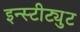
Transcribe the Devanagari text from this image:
इन्स्टीट्युट